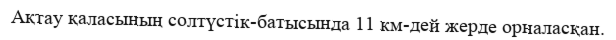
Ақтау қаласының солтүстік-батысында 11 км-дей жерде орналасқан.